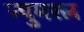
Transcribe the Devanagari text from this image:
न्युमरल